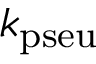
k _ { \mathrm { p s e u } }